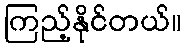
ကြည့်နိုင်တယ်။